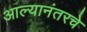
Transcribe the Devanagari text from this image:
आल्यानंतरचे